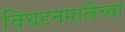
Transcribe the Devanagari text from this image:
विघटनमालेच्या